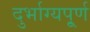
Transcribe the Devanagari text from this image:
दुर्भाग्यपू्‌र्ण